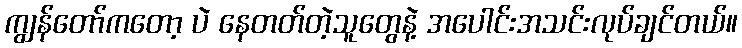
ကျွန်တော်ကတော့ ပဲ နေတတ်တဲ့သူတွေနဲ့ အပေါင်းအသင်းလုပ်ချင်တယ်။